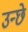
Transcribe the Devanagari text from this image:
उन्छे